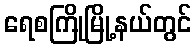
ရေစကြိုမြို့နယ်တွင်